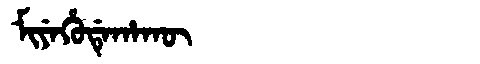
Manchu: ᠮᡳᠶᡝᡥᡠᡩᡝᡥᠠᡴᡡ
Romanization: MIYEHUDEHAKŪ